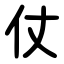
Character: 仗